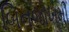
બિનજોખમી